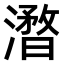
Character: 𣿥